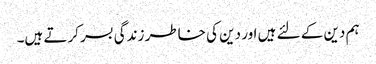
ہم دین کے لئے ہیں اور دین کی خاطر زندگی بسر کرتے ہیں۔